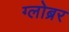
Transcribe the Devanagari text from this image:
ग्लोब्रर